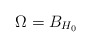
\begin{align*}\Omega=B_{H_0}\,\end{align*}